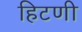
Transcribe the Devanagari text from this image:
हिटणी